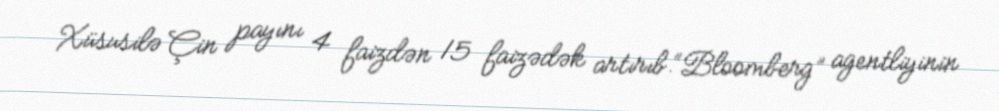
Xüsusilə Çin payını 4 faizdən 15 faizədək artırıb.“Bloomberg” agentliyinin